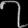
Digit: ၇